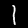
Digit: 1